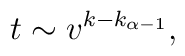
t \sim v^{k-k_{\alpha-1}},